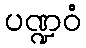
ပဏ္ဍဝံ